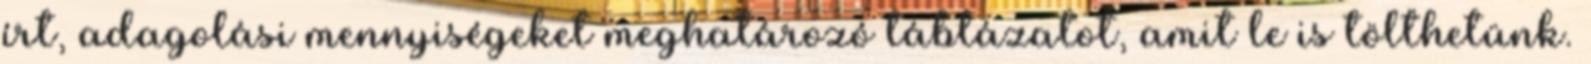
írt, adagolási mennyiségeket meghatározó táblázatot, amit le is tölthetünk.